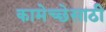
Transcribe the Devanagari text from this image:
कामेच्छेसाठी